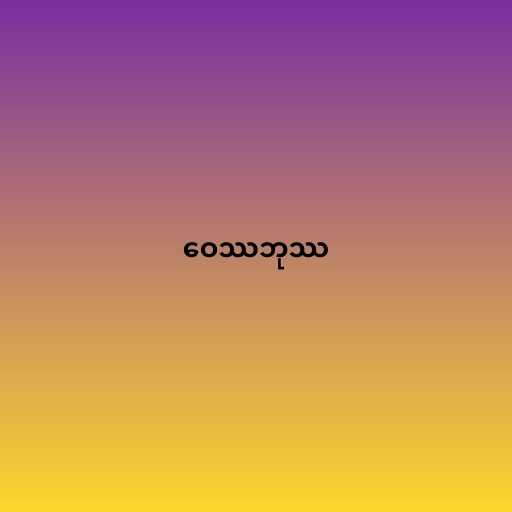
ဝေဿဘုဿ